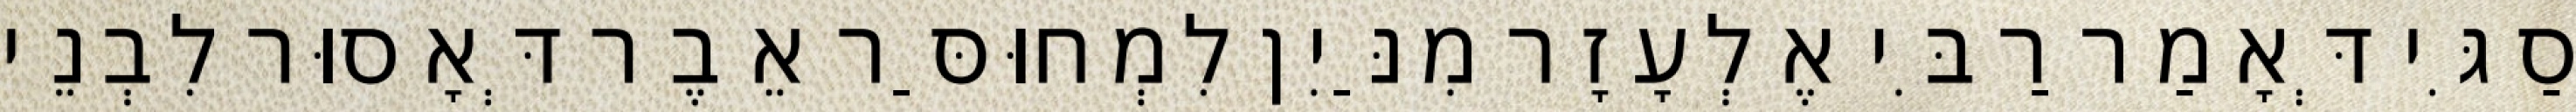
סַגִּי דְּאָמַר רַבִּי אֶלְעָזָר מִנַּיִן לִמְחוּסַּר אֵבֶר דְּאָסוּר לִבְנֵי